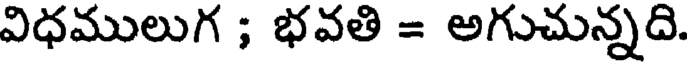
విధములుగ ; భవతి = అగుచున్నది.